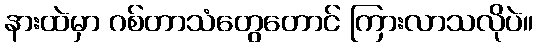
နားထဲမှာ ဂစ်တာသံတွေတောင် ကြားလာသလိုပဲ။